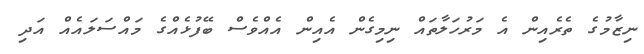
ނިޒާމުގެ ތެރެއިން އެ މަރުހަލާތައް ނިމިގެން އެއިން އެއްވެސް ބޭފުޅެއްގެ މައްސަލައެއް އަދި